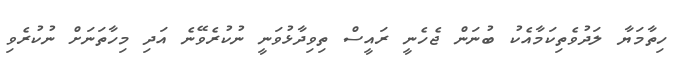
ހިތާމަޔާ ލަދުވެތިކަމާއެކު ބުނަން ޖެހެނީ ރައީސް ތިވިދާޅުވަނީ ނުކުރެވޭނެ އަދި މިހާތަނަށް ނުކުރެވި